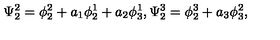
\Psi _ { 2 } ^ { 2 } = \phi _ { 2 } ^ { 2 } + a _ { 1 } \phi _ { 2 } ^ { 1 } + a _ { 2 } \phi _ { 3 } ^ { 1 } , \Psi _ { 2 } ^ { 3 } = \phi _ { 2 } ^ { 3 } + a _ { 3 } \phi _ { 3 } ^ { 2 } ,